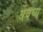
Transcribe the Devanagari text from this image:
अवष्य